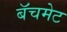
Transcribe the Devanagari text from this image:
बॅचमेट